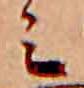
ミ